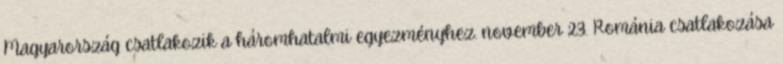
Magyarország csatlakozik a háromhatalmi egyezményhez. november 23. Románia csatlakozása